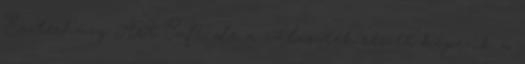
Eszterházy Art Cafe, de a választék részét képezik a